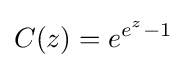
C(z)=e^{e^{z}-1}